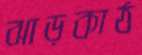
ঝাড়কাঠ